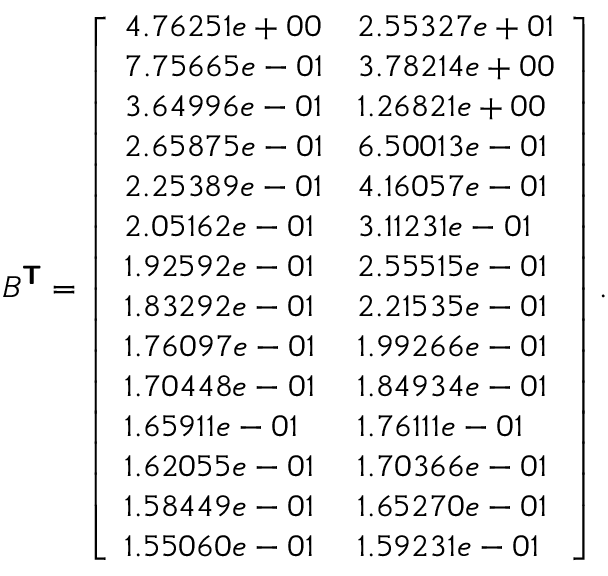
B ^ { \boldsymbol { \mathsf { T } } } = \left[ \begin{array} { l l } { 4 . 7 6 2 5 1 e + 0 0 } & { 2 . 5 5 3 2 7 e + 0 1 } \\ { 7 . 7 5 6 6 5 e - 0 1 } & { 3 . 7 8 2 1 4 e + 0 0 } \\ { 3 . 6 4 9 9 6 e - 0 1 } & { 1 . 2 6 8 2 1 e + 0 0 } \\ { 2 . 6 5 8 7 5 e - 0 1 } & { 6 . 5 0 0 1 3 e - 0 1 } \\ { 2 . 2 5 3 8 9 e - 0 1 } & { 4 . 1 6 0 5 7 e - 0 1 } \\ { 2 . 0 5 1 6 2 e - 0 1 } & { 3 . 1 1 2 3 1 e - 0 1 } \\ { 1 . 9 2 5 9 2 e - 0 1 } & { 2 . 5 5 5 1 5 e - 0 1 } \\ { 1 . 8 3 2 9 2 e - 0 1 } & { 2 . 2 1 5 3 5 e - 0 1 } \\ { 1 . 7 6 0 9 7 e - 0 1 } & { 1 . 9 9 2 6 6 e - 0 1 } \\ { 1 . 7 0 4 4 8 e - 0 1 } & { 1 . 8 4 9 3 4 e - 0 1 } \\ { 1 . 6 5 9 1 1 e - 0 1 } & { 1 . 7 6 1 1 1 e - 0 1 } \\ { 1 . 6 2 0 5 5 e - 0 1 } & { 1 . 7 0 3 6 6 e - 0 1 } \\ { 1 . 5 8 4 4 9 e - 0 1 } & { 1 . 6 5 2 7 0 e - 0 1 } \\ { 1 . 5 5 0 6 0 e - 0 1 } & { 1 . 5 9 2 3 1 e - 0 1 } \end{array} \right] .